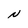
Character: N